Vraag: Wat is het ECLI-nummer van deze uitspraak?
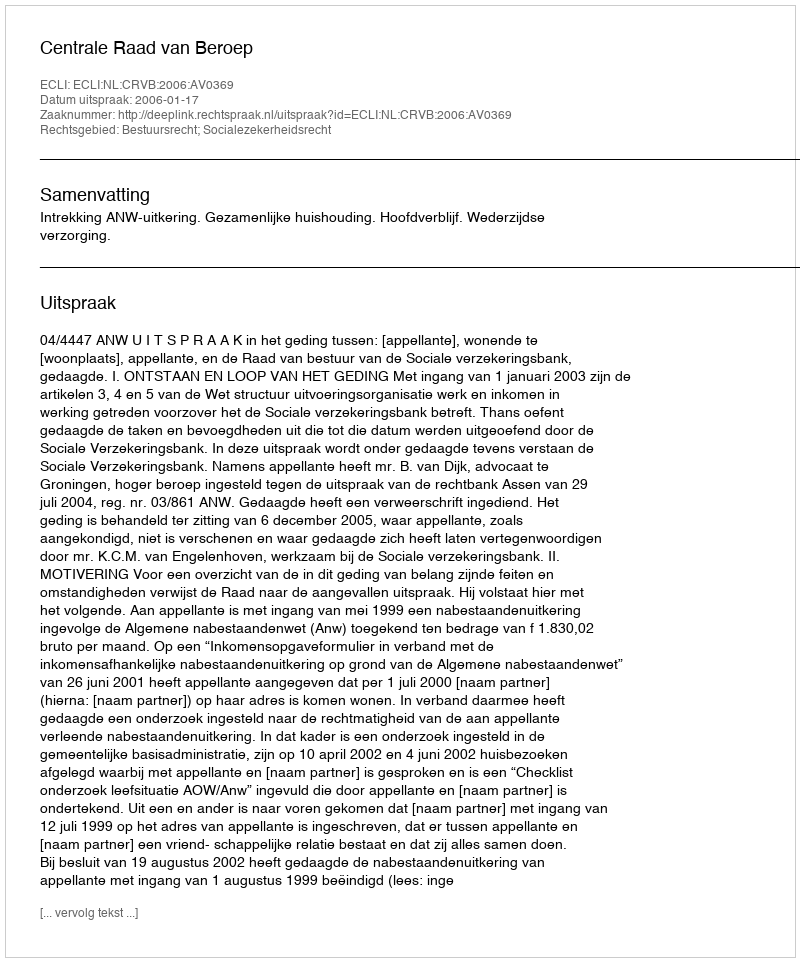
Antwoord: ECLI:NL:CRVB:2006:AV0369